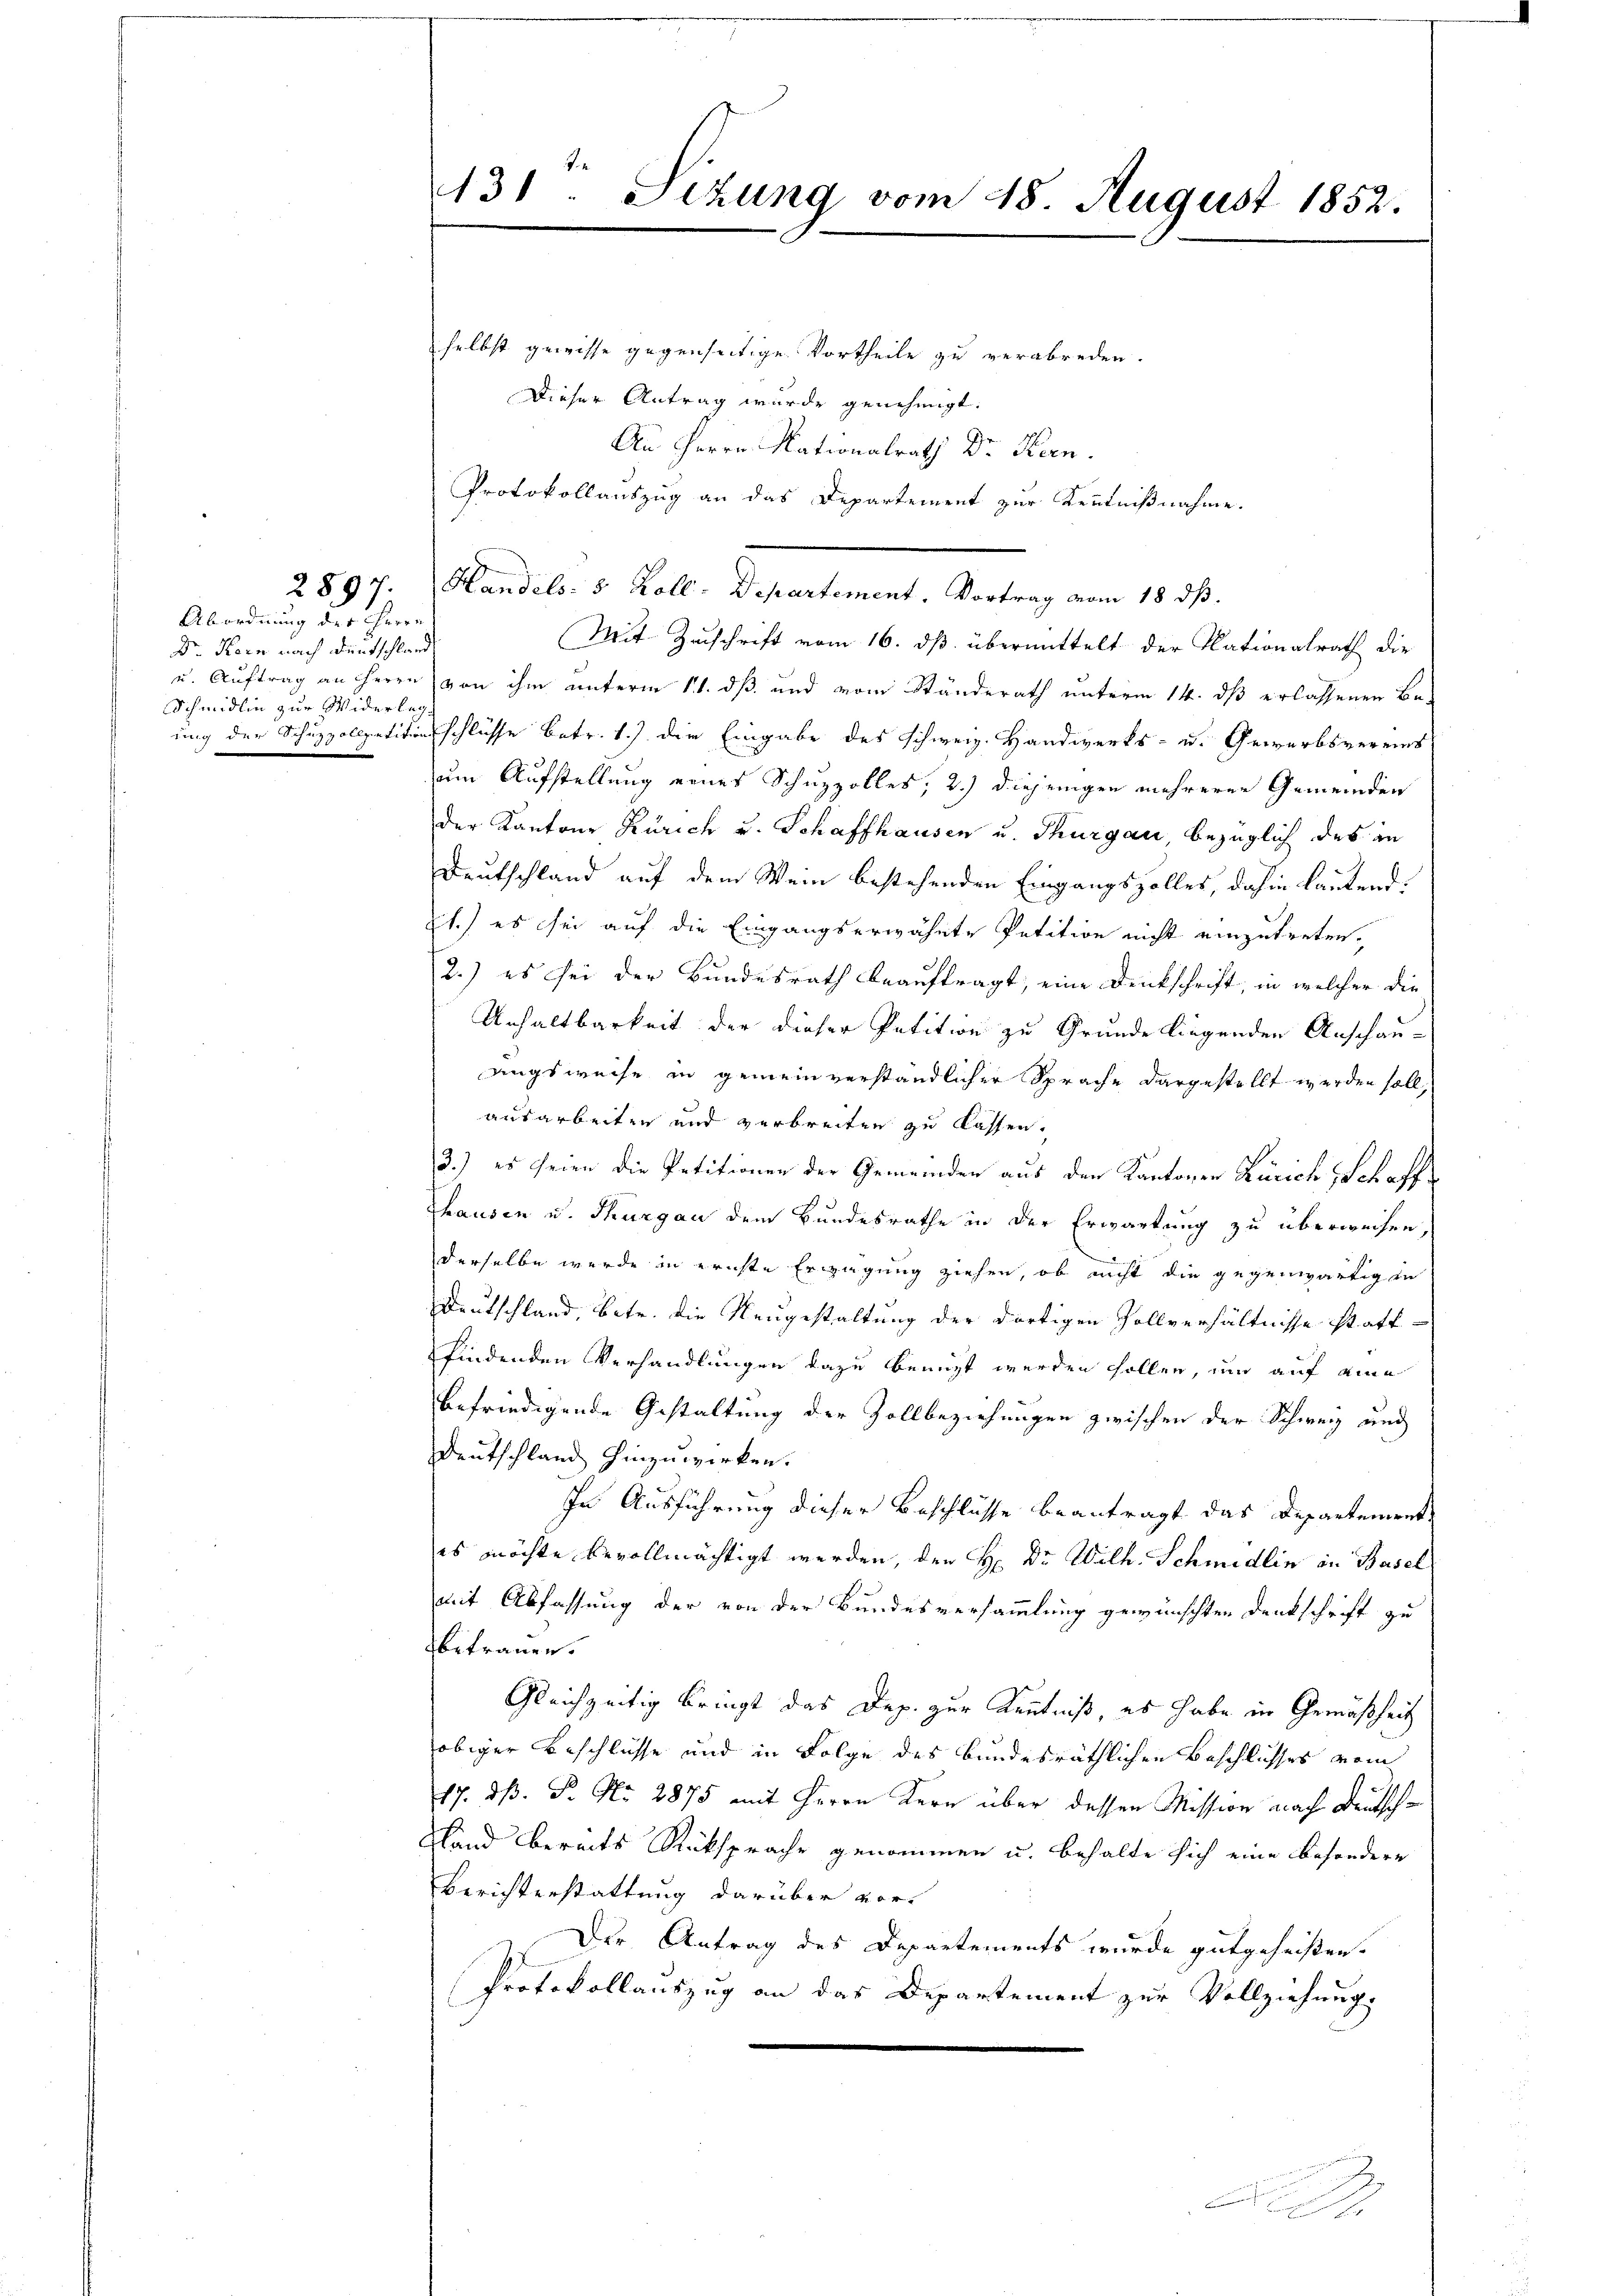
Abordnung des Herrn
Dr. Kern nach Deutschland
Schmidlin zur Widerleg

131. Sizung vom 28. August 1852.

selbst gewisse gegenseitige Vortheile zu verabreden.
Dieser Antrag wurde genehmigt.
Au Herrn Nationalrath Dr. Keen.
Protokollauszug an das Departement zur Kenntnißnahme.
Mit Zuschrift vom 16. dß übermittelt der Nationalrath die
u. Auftrag an Herrn von ihm unterm 11. dß und vom Ständerath unterm 14. dß erlassenen Be-
ung der Schuzzollpetitionsschlüsse betr. 1.) die Eingabe des schweiz. Handwerks- u. Gewerbsvereins
um Aufstellung eines Schuzzolles, 2.) diejenigen mehrerer Gemeinden
der Kantons Zürich u. Schaffhausen u. Thurgau bezüglich des in
Deutschland auf dem Wein bestehenden Eingangszolles, dahin lautend
.) es sei auf die Eingangserwähnte Petition nicht einzutreten.
2.) es sei der Bundesrath beauftragt, eine Denkschrift, in welcher die
Unhaltbarkeit der dieser Petition zu Grunde liegenden Anschau-
ungsweise in gemeinverständlicher Sprache dargestellt werden soll,
ausarbeiten und verbreiten zu lassen.
3.) es seien die Petitionen der Gemeinden aus der Kantonen Zürich Schaff¬
Thausen u. Thurgau dem Bundesrathe in der Erwartung zu überweisen,
derselbe werde in ernste Erwägung ziehen, ob nicht die gegenwärtigen
Deutschland, betr. die Neugestaltung der dortigen Zollverhältnisse statt-
findenden Verhandlungen dazu benuzt werden sollen, um auf eine
befriedigende Gestaltung der Zollbeziehungen zwischen der Schweiz und
Deutschland hinzuwirken.
In Ausführung dieser Beschlüsse beantragt das Departement
es möchte bevollmächtigt werden, den H: Dr. Wilh. Schmidlin in Basel
mit Abfassung der von der Bundesversammlung gewünschten Denkschrift zu
bitrauen.
Gleichzeitig bringt das Dep. zur Kenntniß, es habe in Gemäßheit
obiger Beschlüsse und in Folge des bundesräthlichen Beschlusses vom
17. dß. P. Nr. 2875 mit Herrn Kern über dessen Mission nach Deutsch¬
Sland bereits Rücksprache genommen u. behalte sich eine besondere
Berichterstattung darüber vor¬
Der Antrag des Departements wurde gutgeheißen.
Protokollauszug an das Departement zur Vollziehung.

2897. Handels- 8 Koll-Departement. Vortrag vom 18. ds.

.